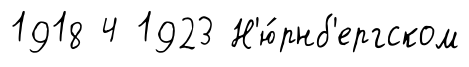
1918 4 1923 Н'ю́рнб'ергском